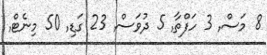
8 މަސް